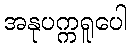
အနုပက္ကရူပေါ